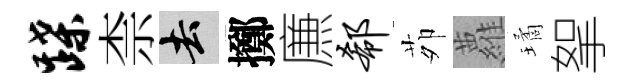
蹀柰去擲㢘欷茆蘿璚挐